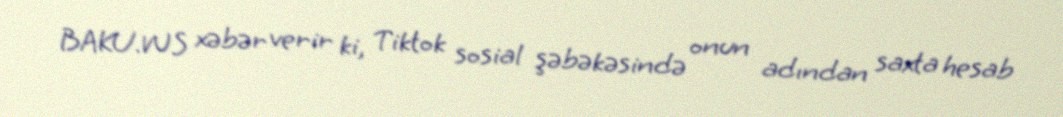
BAKU.WS xəbər verir ki, Tiktok sosial şəbəkəsində onun adından saxta hesab